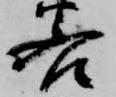
若